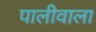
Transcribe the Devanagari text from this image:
पालीवाला